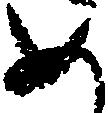
め